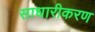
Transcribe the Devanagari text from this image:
साधारीकरण